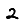
Digit: 2